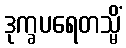
ဒုက္ခပရေတသ္မိံ